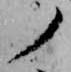
ノ